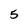
Character: 5